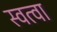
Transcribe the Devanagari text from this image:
स्वत्वा